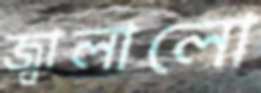
জ্বালালো